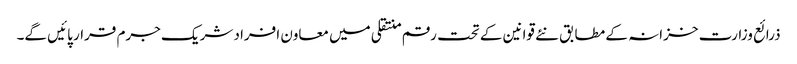
ذرائع وزارت خزانہ کے مطابق نئے قوانین کے تحت رقم منتقلی میں معاون افراد شریک جرم قرار پائیں گے۔